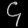
Digit: ၄